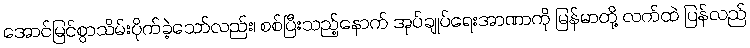
အောင်မြင်စွာသိမ်းပိုက်ခဲ့သော်လည်း၊ စစ်ပြီးသည့်နောက် အုပ်ချုပ်ရေးအာဏာကို မြန်မာတို့ လက်ထဲ ပြန်လည်